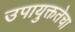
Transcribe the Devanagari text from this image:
उपायुक्ततेचा